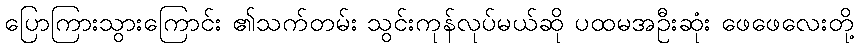
ပြောကြားသွားကြောင်း ၏သက်တမ်း သွင်းကုန်လုပ်မယ်ဆို ပထမအဦးဆုံး ဖေဖေလေးတို့